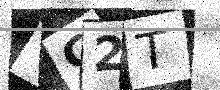
Text: VG2T